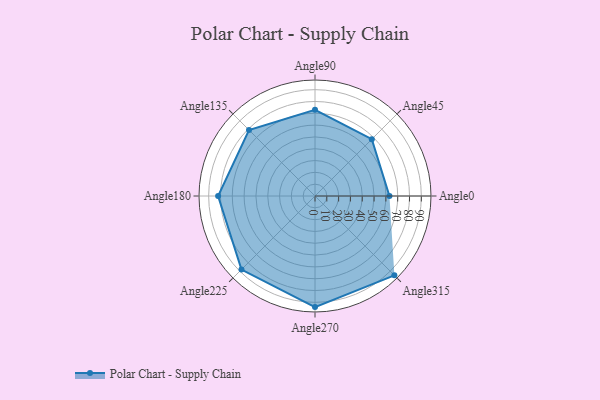
{"axis": {"x": "Angle", "y": "Radius"}, "legend": [""], "data": [{"x": "Angle0", "y": 63.0, "type": ""}, {"x": "Angle45", "y": 68.0, "type": ""}, {"x": "Angle90", "y": 73.0, "type": ""}, {"x": "Angle135", "y": 79.0, "type": ""}, {"x": "Angle180", "y": 82.0, "type": ""}, {"x": "Angle225", "y": 88.0, "type": ""}, {"x": "Angle270", "y": 94.0, "type": ""}, {"x": "Angle315", "y": 95.0, "type": ""}]}